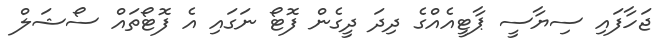
ޖަހާފައި ސިޔާސީ ޕާޓީއެއްގެ ދިދަ ދީގެން ފޮޓޯ ނަގައި އެ ފޮޓޯތައް ސޯޝަލް